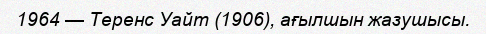
1964 — Теренс Уайт (1906), ағылшын жазушысы.